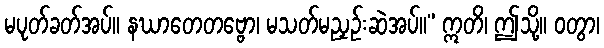
မပုတ်ခတ်အပ်။ နဃာတေတဗ္ဗော၊ မသတ်မညှဉ်းဆဲအပ်။” ဣတိ၊ ဤသို့။ ဝတွာ၊